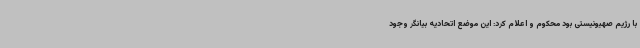
با رژیم صهیونیستی بود محکوم و اعلام کرد: این موضع اتحادیه بیانگر وجود